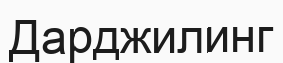
Дарджилинг